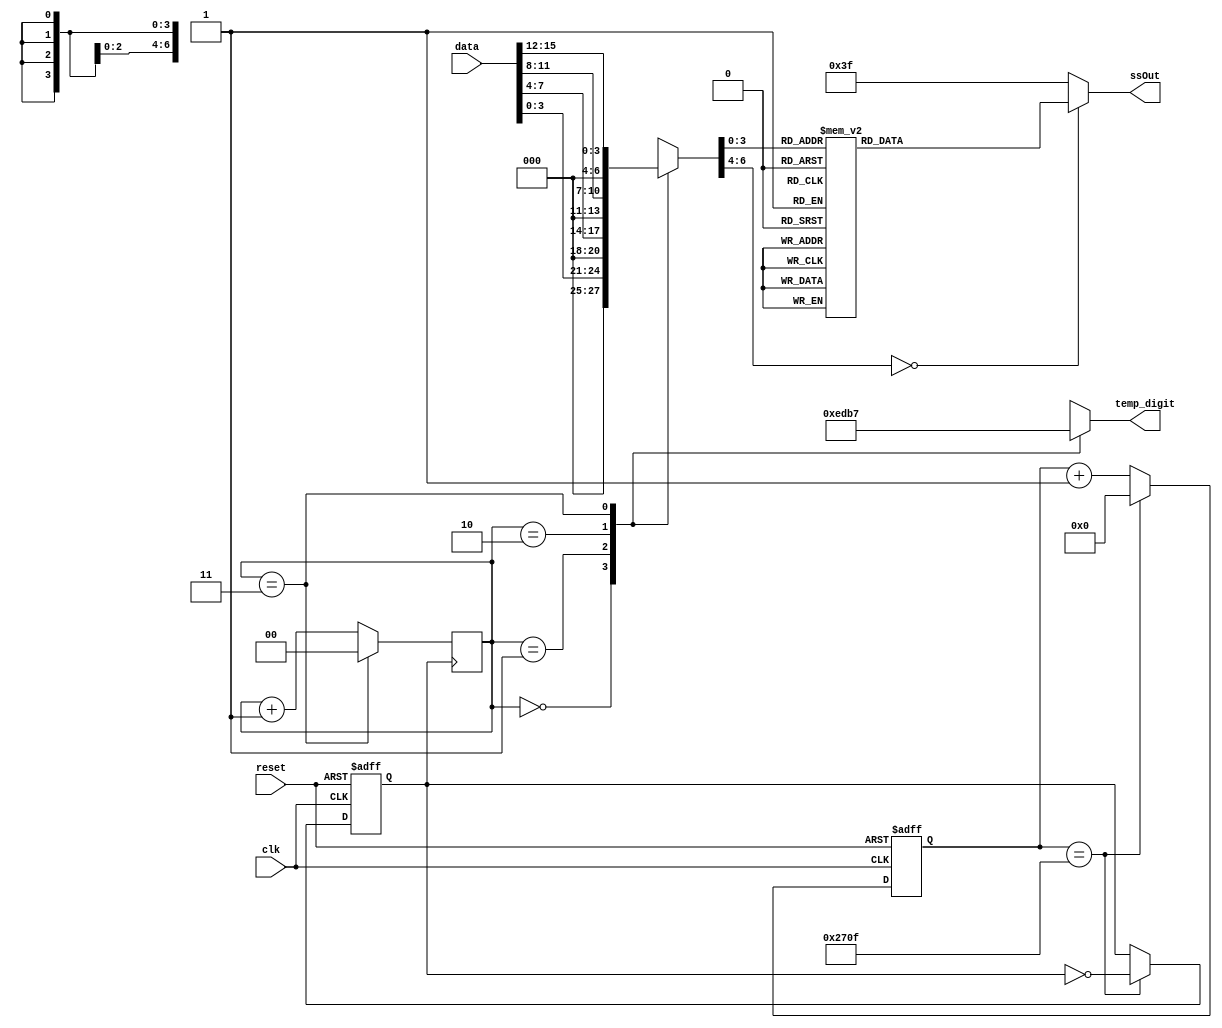
`timescale 1ns / 1ps
//////////////////////////////////////////////////////////////////////////////////
// Company: 
// Engineer: 
// 
// Design Name: 
// Module Name: seven_seg
// Project Name: 
// Target Devices: 
// Tool Versions: 
// Description: 
// 
// Dependencies: 
// 
// Revision:
// Revision 0.01 - File Created
// Additional Comments:
// 
//////////////////////////////////////////////////////////////////////////////////

module seven_seg(
	input [15:0] data,
	input clk,reset,
	output reg [6:0] ssOut,
	output reg [3:0] temp_digit
    );
reg [31:0] count;
reg [1:0] counter;
reg [6:0] temp_seg;
reg clk_div;



localparam constantNumber = 10000; 
initial begin
    counter =0;
    count =0;
end


// Clock Division for 7 Segment Display Multiplexing
always @ (posedge(clk), posedge(reset))
begin
    if (reset == 1)
        count <= 32'b0;
    else if (count == constantNumber - 1)
        count <= 32'b0;               
    else
        count <= count + 1;
end

always @ (posedge(clk), posedge(reset))
begin
    if (reset == 1'b1)
        clk_div <= 1'b0;
    else if (count == constantNumber - 1)
        clk_div <= ~clk_div;
    else
        clk_div <= clk_div;

end

always @(posedge(clk_div))
begin
	 if(counter== 2'b11)
	 	counter <= 2'b00;
	 else 
	 	counter <= counter +1'b1;
end





// Multiplexing for powering all the digit
always @ (*)
 begin
  case(counter[1:0]) //using only the 2 MSB's of the counter 
    
   2'b00 :  //When the 2 MSB's are 00 enable the fourth display
    begin
     temp_seg = data[3:0];
     temp_digit = 4'b1110;
    end
    
   2'b01:  //When the 2 MSB's are 01 enable the third display
    begin
     temp_seg = data[7:4];
     temp_digit = 4'b1101;
    end
    
   2'b10:  //When the 2 MSB's are 10 enable the second display
    begin
     temp_seg = data[11:8];
     temp_digit = 4'b1011;
    end
     
   2'b11:  //When the 2 MSB's are 11 enable the first display
    begin
     temp_seg = data[15:12];
     temp_digit = 4'b0111;
    end
  endcase
 end




// writes data to segment port
always @(temp_seg)
    case (temp_seg)
      5'h0: ssOut = 7'b1000000;
      5'h1: ssOut = 7'b1111001;
      5'h2: ssOut = 7'b0100100;
      5'h3: ssOut = 7'b0110000;
      5'h4: ssOut = 7'b0011001;
      5'h5: ssOut = 7'b0010010;
      5'h6: ssOut = 7'b0000010;
      5'h7: ssOut = 7'b1111000;
      5'h8: ssOut = 7'b0000000;
      5'h9: ssOut = 7'b0011000;
      5'hA: ssOut = 7'b0001000;
      5'hB: ssOut = 7'b0111111;
      5'hC: ssOut = 7'b1000110;
      5'hD: ssOut = 7'b0100001;
      5'hE: ssOut = 7'b0000110;
      5'hF: ssOut = 7'b0101111;
      default: ssOut = 7'b0111111;
    endcase


endmodule